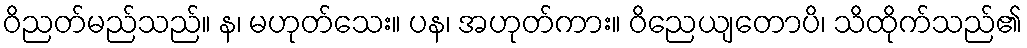
ဝိညတ်မည်သည်။ န၊ မဟုတ်သေး။ ပန၊ အဟုတ်ကား။ ဝိညေယျတောပိ၊ သိထိုက်သည်၏